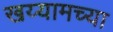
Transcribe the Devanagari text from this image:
खय्यामच्या